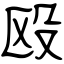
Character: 殴